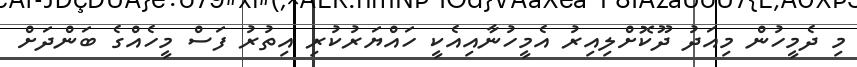
މި ދެމީހުން މިއަދު ދޫކޮށްލިއިރު އެމީހުނާއިއެކީ ހައްޔަރުކުރި އިތުރު ފަސް މީހެއްގެ ބަންދަށް